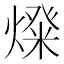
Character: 𤍝